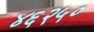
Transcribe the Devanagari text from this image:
४६२५०